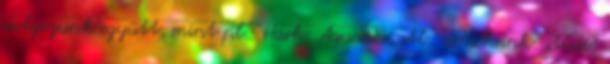
dolgozunk együtt, mint pl.: Hark, Aquador, stb. Termékeink: stúdió